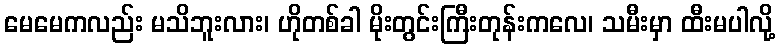
မေမေကလည်း မသိဘူးလား၊ ဟိုတစ်ခါ မိုးတွင်းကြီးတုန်းကလေ၊ သမီးမှာ ထီးမပါလို့